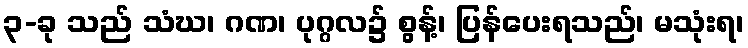
၃-ခု သည် သံဃ၊ ဂဏ၊ ပုဂ္ဂလ၌ စွန့်၊ ပြန်ပေးရသည်၊ မသုံးရ၊